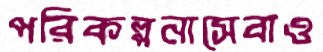
পরিকল্পনাসেবাও